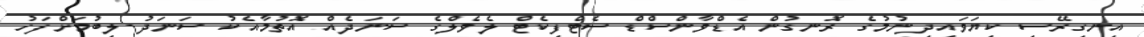
އިނގިރޭސި ކިޔަވައިދިނުމުގެ ރޮނގުން އެޑްވާންސްޑް ސެޓްފިކެޓް ލެވެލްގެ ސަނަދެއް އޮތުމާއެކު ސަނަދު ލިބުމަށްފަހު